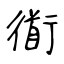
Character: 衜